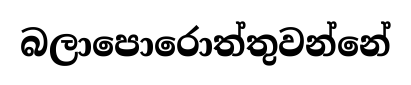
බලාපොරොත්තුවන්නේ